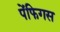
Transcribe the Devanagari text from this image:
पेंफिगस